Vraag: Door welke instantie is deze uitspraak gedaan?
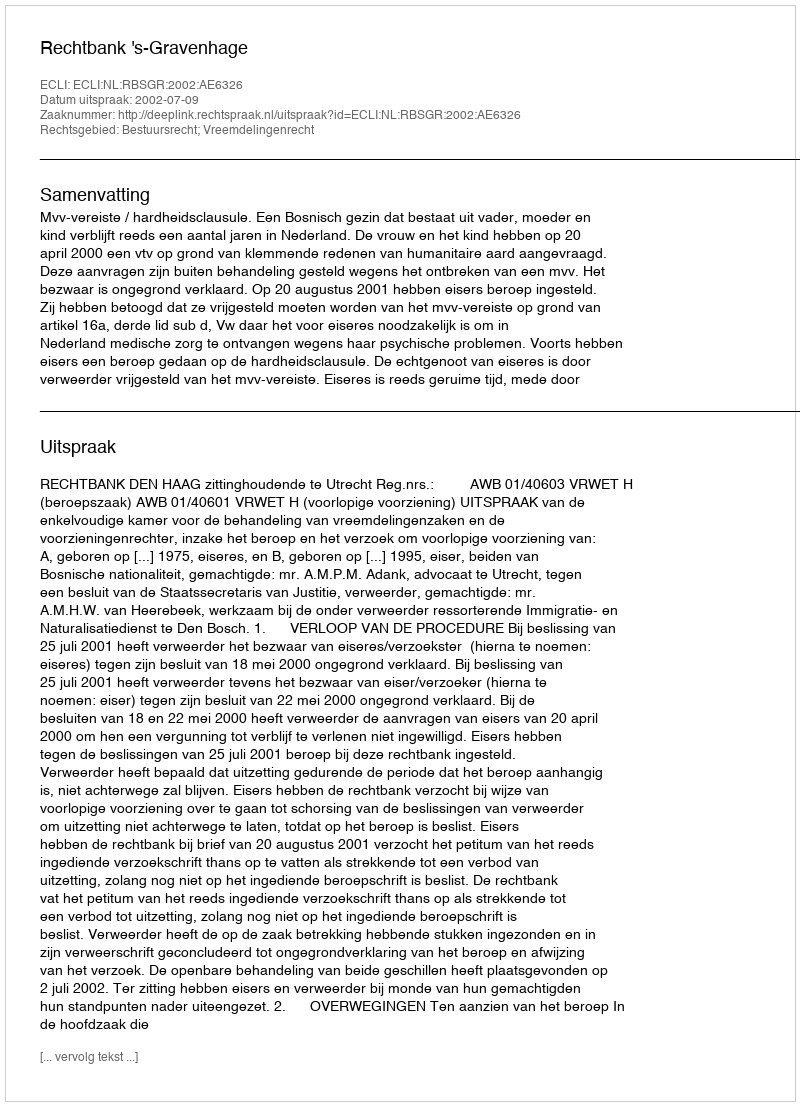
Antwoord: Rechtbank 's-Gravenhage